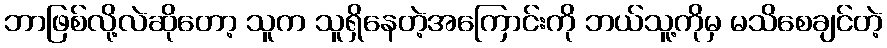
ဘာဖြစ်လို့လဲဆိုတော့ သူက သူရှိနေတဲ့အကြောင်းကို ဘယ်သူ့ကိုမှ မသိစေချင်တဲ့